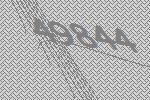
49844